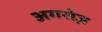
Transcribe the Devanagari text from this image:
अगरोज़